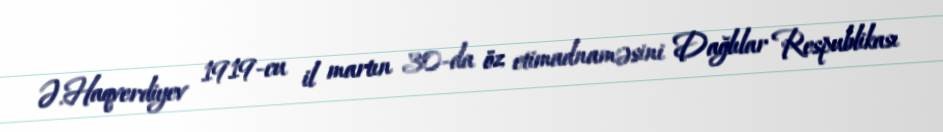
Ə.Haqverdiyev 1919-cu il martın 30-da öz etimadnaməsini Dağlılar Respublikası